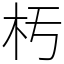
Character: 𣏓